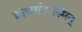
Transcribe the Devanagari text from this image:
प्रशस्तोऽस्मिन्